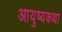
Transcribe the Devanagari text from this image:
आयुष्यकथा